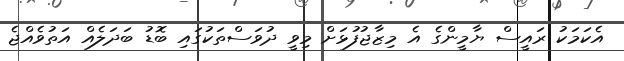
އެކަމަކު ރައީސް ޔާމީންގެ އެ މިޒާޖުފުޅަށް މިވީ ދުވަސްތަކުގައި ބޮޑު ބަދަލެއް އަތުވެއްޖެ